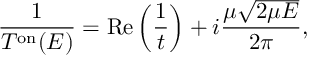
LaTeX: \frac { 1 } { T ^ { \mathrm { o n } } ( E ) } = \mathrm { R e } \left( \frac { 1 } { t } \right) + i \frac { \mu \sqrt { 2 \mu E } } { 2 \pi } ,